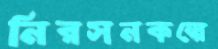
নিরসনকল্পে